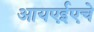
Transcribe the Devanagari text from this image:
आयएईएचे